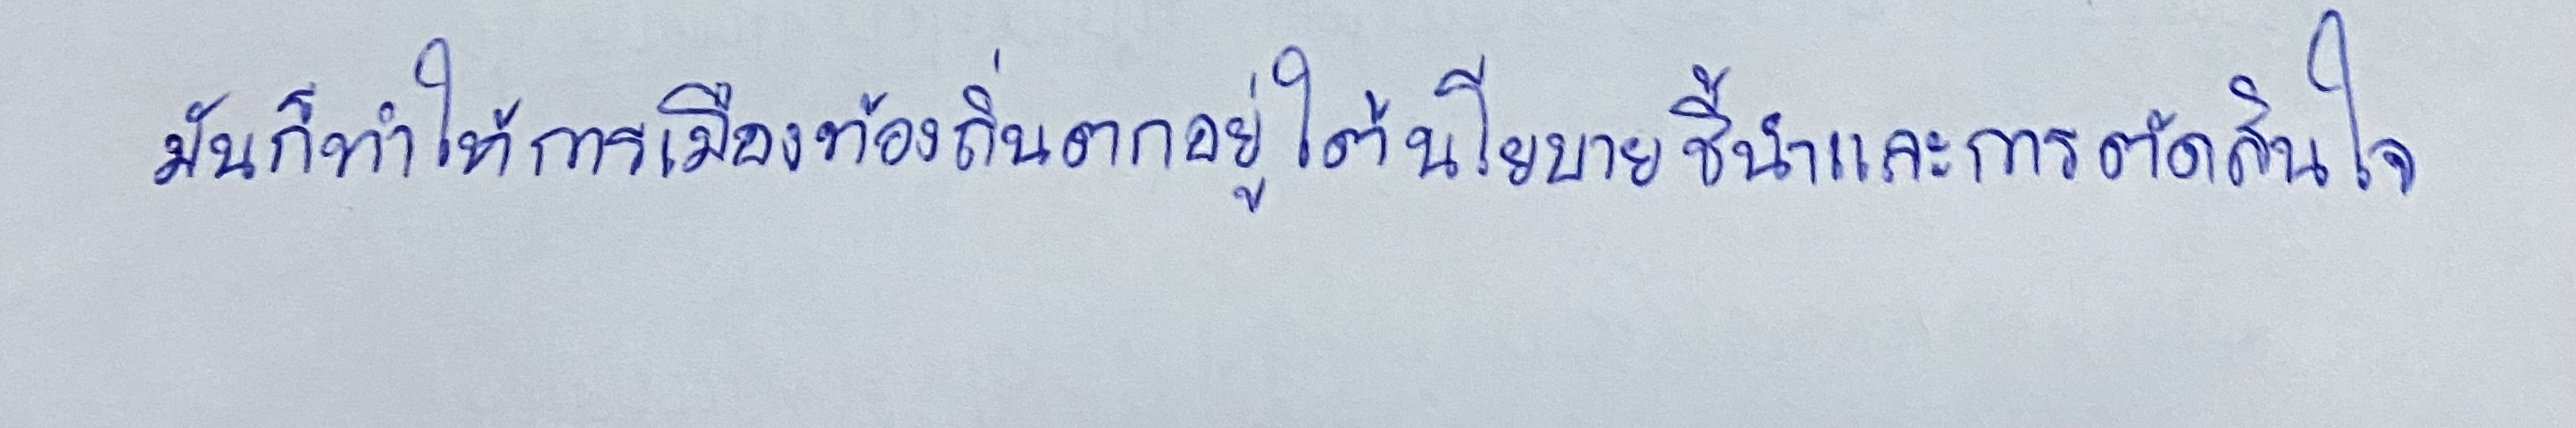
มันก็ทำให้การเมืองท้องถิ่นตกอยู่ใต้นโยบายชี้นำและการตัดสินใจ